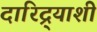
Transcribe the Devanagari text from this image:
दारिद्र्‍याशी